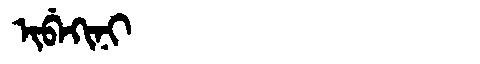
Manchu: ᡳᠪᡝᡴᡳᠨᡳ
Romanization: IBEKINI